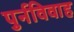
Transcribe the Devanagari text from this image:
पुर्नविवाह